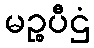
မဉ္စပီဌံ